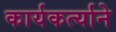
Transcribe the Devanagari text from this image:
कार्यकर्त्याने